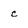
Character: c